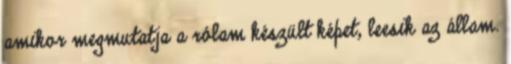
amikor megmutatja a rólam készült képet, leesik az állam.